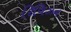
રિવિઝન